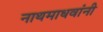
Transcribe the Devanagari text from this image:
नाथमाधवांनी